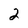
Character: 2